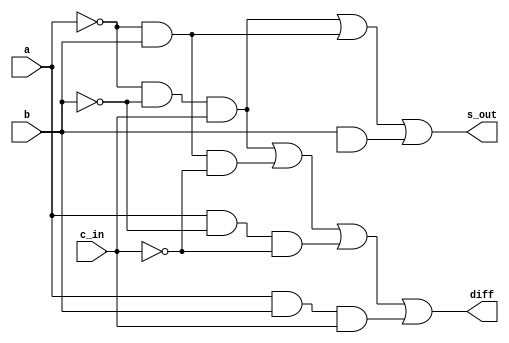
module fullSuber_1(
    input wire a,   //被减数
    input wire b,   //减数
    input wire c_in,  //前位借位

    output wire diff,  //减法差值输出
    output wire s_out //减法借位标志输出
);
    //门级电路实现。（组合逻辑）
    assign diff =((~a) & (~b) & (c_in)) | ((~a) & (b) & (~c_in))
                | ((a) & (~b) & (~c_in)) | ( (a) & (b) & (c_in));

    assign s_out = ((~a) & (~b) & (c_in)) | ((~a) & b) | (b & c);

endmodule